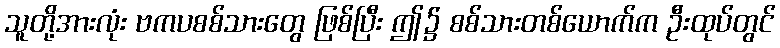
သူတို့အားလုံး ဗကပစစ်သားတွေ ဖြစ်ပြီး ဤ၌ စစ်သားတစ်ယောက်က ဦးထုပ်တွင်